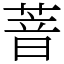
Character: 萻